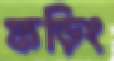
ফড়িং